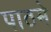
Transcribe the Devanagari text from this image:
पाठमे